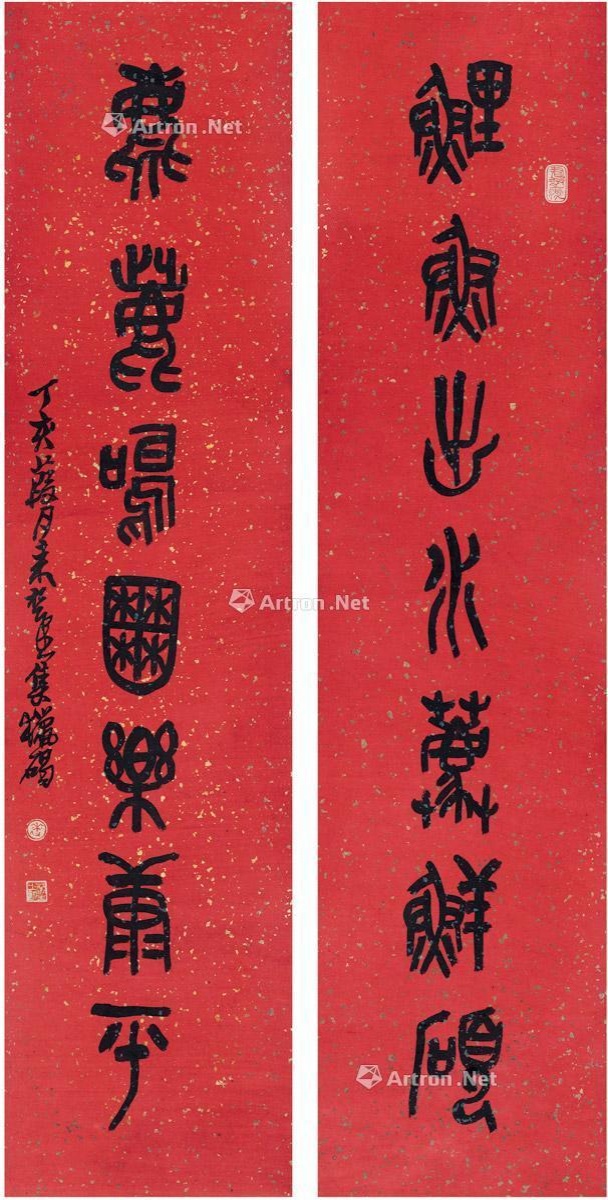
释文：鲤鱼出水荐鲜硕，麀鹿鸣囿乐康平。丁亥葭月，来楚生集猎碣。